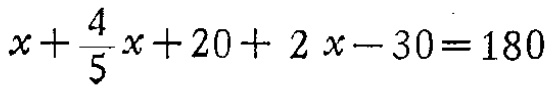
\(x+\frac{4}{5}x + 20+2x - 30 = 180\)